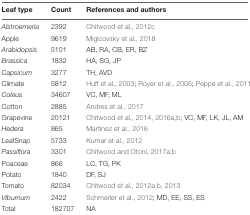
<table><thead><tr><td><b>Leaf type</b></td><td><b>Count</b></td><td><b>References and authors</b></td></tr></thead><tbody><tr><td><i>Alstroemeria</i></td><td>2392</td><td>Chitwood et al., 2012c</td></tr><tr><td>Apple</td><td>9619</td><td>Migicovsky et al., 2018</td></tr><tr><td><i>Arabidopsis</i></td><td>5101</td><td>AB, RA, CB, ER, BZ</td></tr><tr><td><i>Brassica</i></td><td>1832</td><td>HA, SG, JP</td></tr><tr><td><i>Capsicum</i></td><td>3277</td><td>TH, AVD</td></tr><tr><td>Climate</td><td>5812</td><td>Huff et al., 2003; Royer et al., 2005; Peppe et al., 2011</td></tr><tr><td><i>Coleus</i></td><td>34607</td><td>VC, MF, ML</td></tr><tr><td>Cotton</td><td>2885</td><td>Andres et al., 2017</td></tr><tr><td>Grapevine</td><td>20121</td><td>Chitwood et al., 2014, 2016a,b; VC, MF, LK, JL, AM</td></tr><tr><td><i>Hedera</i></td><td>865</td><td>Martinez et al., 2016</td></tr><tr><td>LeafSnap</td><td>5733</td><td>Kumar et al., 2012</td></tr><tr><td><i>Passiflora</i></td><td>3301</td><td>Chitwood and Otoni, 2017a,b</td></tr><tr><td>Poaceae</td><td>866</td><td>LC, TG, PK</td></tr><tr><td>Potato</td><td>1840</td><td>DF, SJ</td></tr><tr><td>Tomato</td><td>82034</td><td>Chitwood et al., 2012a,b, 2013</td></tr><tr><td><i>Viburnum</i></td><td>2422</td><td>Schmerler et al., 2012; MD, EE, SS, ES</td></tr><tr><td>Total</td><td>182707</td><td>NA</td></tr></tbody></table>